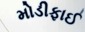
મોડીફાઈ